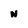
Character: n